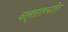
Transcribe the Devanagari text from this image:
वल्लालचरित